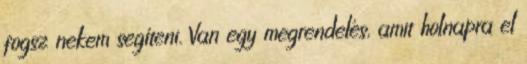
fogsz nekem segíteni. Van egy megrendelés, amit holnapra el